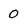
Character: 0